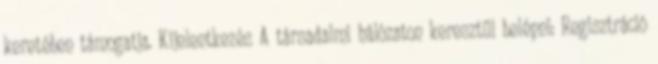
keretében támogatja. Kijelentkezés A társadalmi hálózaton keresztül belépni: Regisztráció